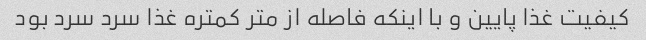
کیفیت غذا پایین و با اینکه فاصله از متر کمتره غذا سرد سرد بود